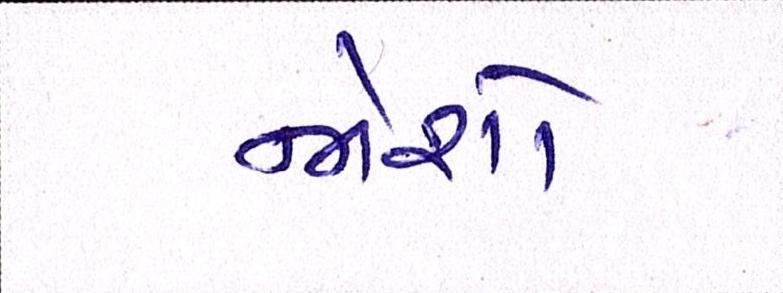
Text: જોશો